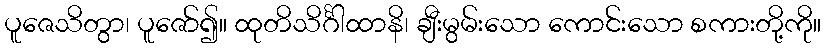
ပူဇေသိတွာ၊ ပူဇော်၍။ ထုတိသိင်္ဂါထာနိ၊ ချီးမွမ်းသော ကောင်းသော စကားတို့ကို။